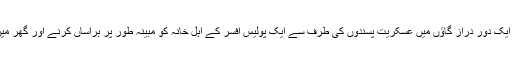
پولیس سربراہ نے یہ بیان وادی کے جنوبی ضلعے شوپیان کے ایک دور دراز گاؤں میں عسکریت پسندوں کی طرف سے ایک پولیس افسر کے اہلِ خانہ کو مُبینہ طور پر ہراساں کرنے اور گھر میں توڑ پھوڑ کرنے کے ایک واقعے کے پس منظر میں دیا ہے۔